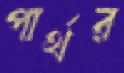
পার্থর